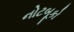
નોટબૂકો